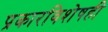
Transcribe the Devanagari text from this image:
प्रकारविशेषही